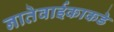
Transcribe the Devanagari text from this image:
नातेवाईकाकडे